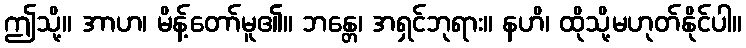
ဤသို့။ အာဟ၊ မိန့်တော်မူ၏။ ဘန္တေ၊ အရှင်ဘုရား။ နဟိ၊ ထိုသို့မဟုတ်နိုင်ပါ။